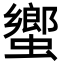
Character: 蠁